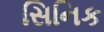
સિનિક